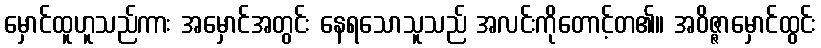
မှောင်ထူဟူသည်ကား အမှောင်အတွင်း နေရသောသူသည် အလင်းကိုတောင့်တ၏။ အဝိဇ္ဇာမှောင်ထွင်း